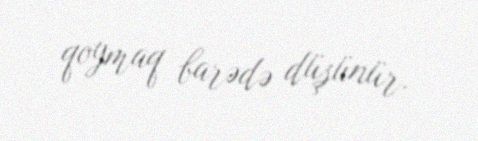
qoymaq barədə düşünür.